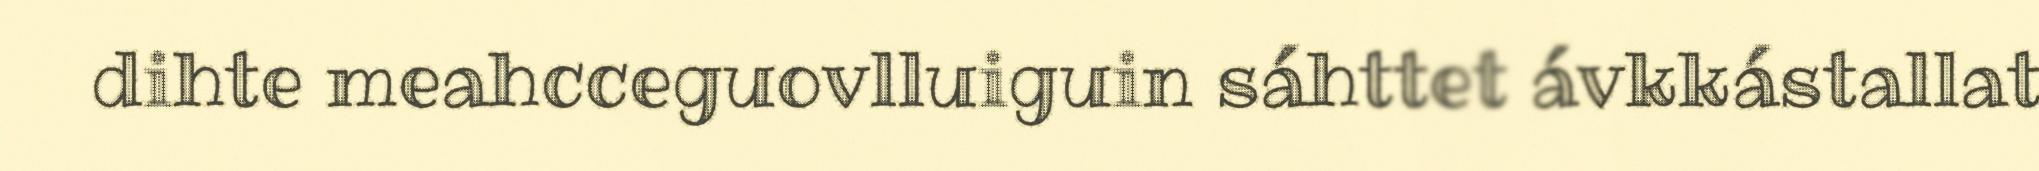
dihte meahcceguovlluiguin sáhttet ávkkástallat